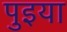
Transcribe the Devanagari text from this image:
पुइया